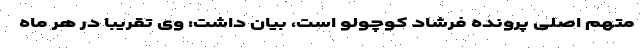
متهم اصلی پرونده فرشاد کوچولو است، بیان داشت: وی تقریبا در هر ماه